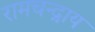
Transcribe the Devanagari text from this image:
रामचन्द्राय